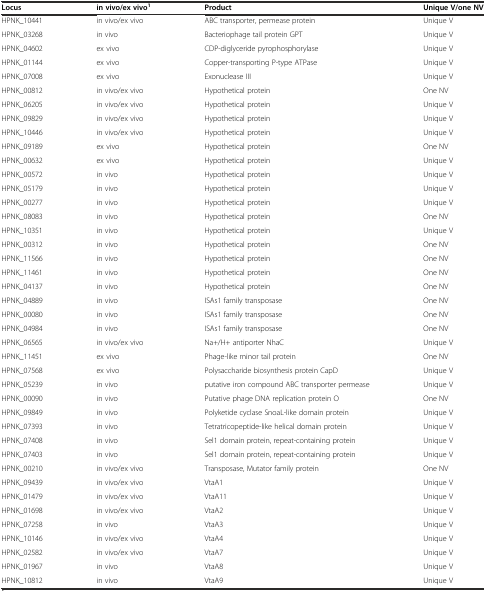
<table><thead><tr><td><b>Locus</b></td><td><b>in vivo/ex vivo<sup>1</sup></b></td><td><b>Product</b></td><td><b>Unique V/one NV</b></td></tr></thead><tbody><tr><td>HPNK_10441</td><td>in vivo/ex vivo</td><td>ABC transporter, permease protein</td><td>Unique V</td></tr><tr><td>HPNK_03268</td><td>in vivo</td><td>Bacteriophage tail protein GPT</td><td>Unique V</td></tr><tr><td>HPNK_04602</td><td>ex vivo</td><td>CDP-diglyceride pyrophosphorylase</td><td>Unique V</td></tr><tr><td>HPNK_01144</td><td>ex vivo</td><td>Copper-transporting P-type ATPase</td><td>Unique V</td></tr><tr><td>HPNK_07008</td><td>ex vivo</td><td>Exonuclease III</td><td>Unique V</td></tr><tr><td>HPNK_00812</td><td>in vivo/ex vivo</td><td>Hypothetical protein</td><td>One NV</td></tr><tr><td>HPNK_06205</td><td>in vivo/ex vivo</td><td>Hypothetical protein</td><td>Unique V</td></tr><tr><td>HPNK_09829</td><td>in vivo/ex vivo</td><td>Hypothetical protein</td><td>Unique V</td></tr><tr><td>HPNK_10446</td><td>in vivo/ex vivo</td><td>Hypothetical protein</td><td>Unique V</td></tr><tr><td>HPNK_09189</td><td>ex vivo</td><td>Hypothetical protein</td><td>One NV</td></tr><tr><td>HPNK_00632</td><td>ex vivo</td><td>Hypothetical protein</td><td>Unique V</td></tr><tr><td>HPNK_00572</td><td>in vivo</td><td>Hypothetical protein</td><td>Unique V</td></tr><tr><td>HPNK_05179</td><td>in vivo</td><td>Hypothetical protein</td><td>Unique V</td></tr><tr><td>HPNK_00277</td><td>in vivo</td><td>Hypothetical protein</td><td>Unique V</td></tr><tr><td>HPNK_08083</td><td>in vivo</td><td>Hypothetical protein</td><td>One NV</td></tr><tr><td>HPNK_10351</td><td>in vivo</td><td>Hypothetical protein</td><td>Unique V</td></tr><tr><td>HPNK_00312</td><td>in vivo</td><td>Hypothetical protein</td><td>One NV</td></tr><tr><td>HPNK_11566</td><td>in vivo</td><td>Hypothetical protein</td><td>One NV</td></tr><tr><td>HPNK_11461</td><td>in vivo</td><td>Hypothetical protein</td><td>One NV</td></tr><tr><td>HPNK_04137</td><td>in vivo</td><td>Hypothetical protein</td><td>One NV</td></tr><tr><td>HPNK_04889</td><td>in vivo</td><td>ISAs1 family transposase</td><td>One NV</td></tr><tr><td>HPNK_00080</td><td>in vivo</td><td>ISAs1 family transposase</td><td>One NV</td></tr><tr><td>HPNK_04984</td><td>in vivo</td><td>ISAs1 family transposase</td><td>One NV</td></tr><tr><td>HPNK_06565</td><td>in vivo/ex vivo</td><td>Na+/H+ antiporter NhaC</td><td>Unique V</td></tr><tr><td>HPNK_11451</td><td>ex vivo</td><td>Phage-like minor tail protein</td><td>One NV</td></tr><tr><td>HPNK_07568</td><td>ex vivo</td><td>Polysaccharide biosynthesis protein CapD</td><td>Unique V</td></tr><tr><td>HPNK_05239</td><td>in vivo</td><td>putative iron compound ABC transporter permease</td><td>Unique V</td></tr><tr><td>HPNK_00090</td><td>in vivo</td><td>Putative phage DNA replication protein O</td><td>One NV</td></tr><tr><td>HPNK_09849</td><td>in vivo</td><td>Polyketide cyclase SnoaL-like domain protein</td><td>Unique V</td></tr><tr><td>HPNK_07393</td><td>in vivo</td><td>Tetratricopeptide-like helical domain protein</td><td>Unique V</td></tr><tr><td>HPNK_07408</td><td>in vivo</td><td>Sel1 domain protein, repeat-containing protein</td><td>Unique V</td></tr><tr><td>HPNK_07403</td><td>in vivo</td><td>Sel1 domain protein, repeat-containing protein</td><td>Unique V</td></tr><tr><td>HPNK_00210</td><td>in vivo/ex vivo</td><td>Transposase, Mutator family protein</td><td>One NV</td></tr><tr><td>HPNK_09439</td><td>in vivo/ex vivo</td><td>VtaA1</td><td>Unique V</td></tr><tr><td>HPNK_01479</td><td>in vivo/ex vivo</td><td>VtaA11</td><td>Unique V</td></tr><tr><td>HPNK_01698</td><td>in vivo/ex vivo</td><td>VtaA2</td><td>Unique V</td></tr><tr><td>HPNK_07258</td><td>in vivo</td><td>VtaA3</td><td>Unique V</td></tr><tr><td>HPNK_10146</td><td>in vivo/ex vivo</td><td>VtaA4</td><td>Unique V</td></tr><tr><td>HPNK_02582</td><td>in vivo/ex vivo</td><td>VtaA7</td><td>Unique V</td></tr><tr><td>HPNK_01967</td><td>in vivo</td><td>VtaA8</td><td>Unique V</td></tr><tr><td>HPNK_10812</td><td>in vivo</td><td>VtaA9</td><td>Unique V</td></tr></tbody></table>